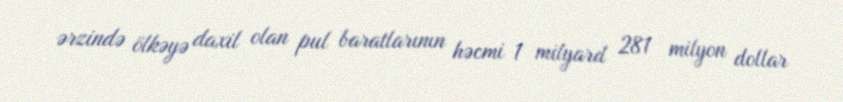
ərzində ölkəyə daxil olan pul baratlarının həcmi 1 milyard 281 milyon dollar